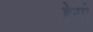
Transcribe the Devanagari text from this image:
हेयो